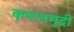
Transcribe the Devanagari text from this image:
कृपासमुद्री